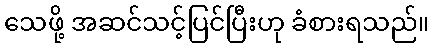
သေဖို့ အဆင်သင့်ပြင်ပြီးဟု ခံစားရသည်။